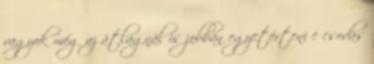
vagyok még az átlagnál is jobban egyetérteni e csodás